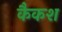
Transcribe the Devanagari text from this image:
कैकश